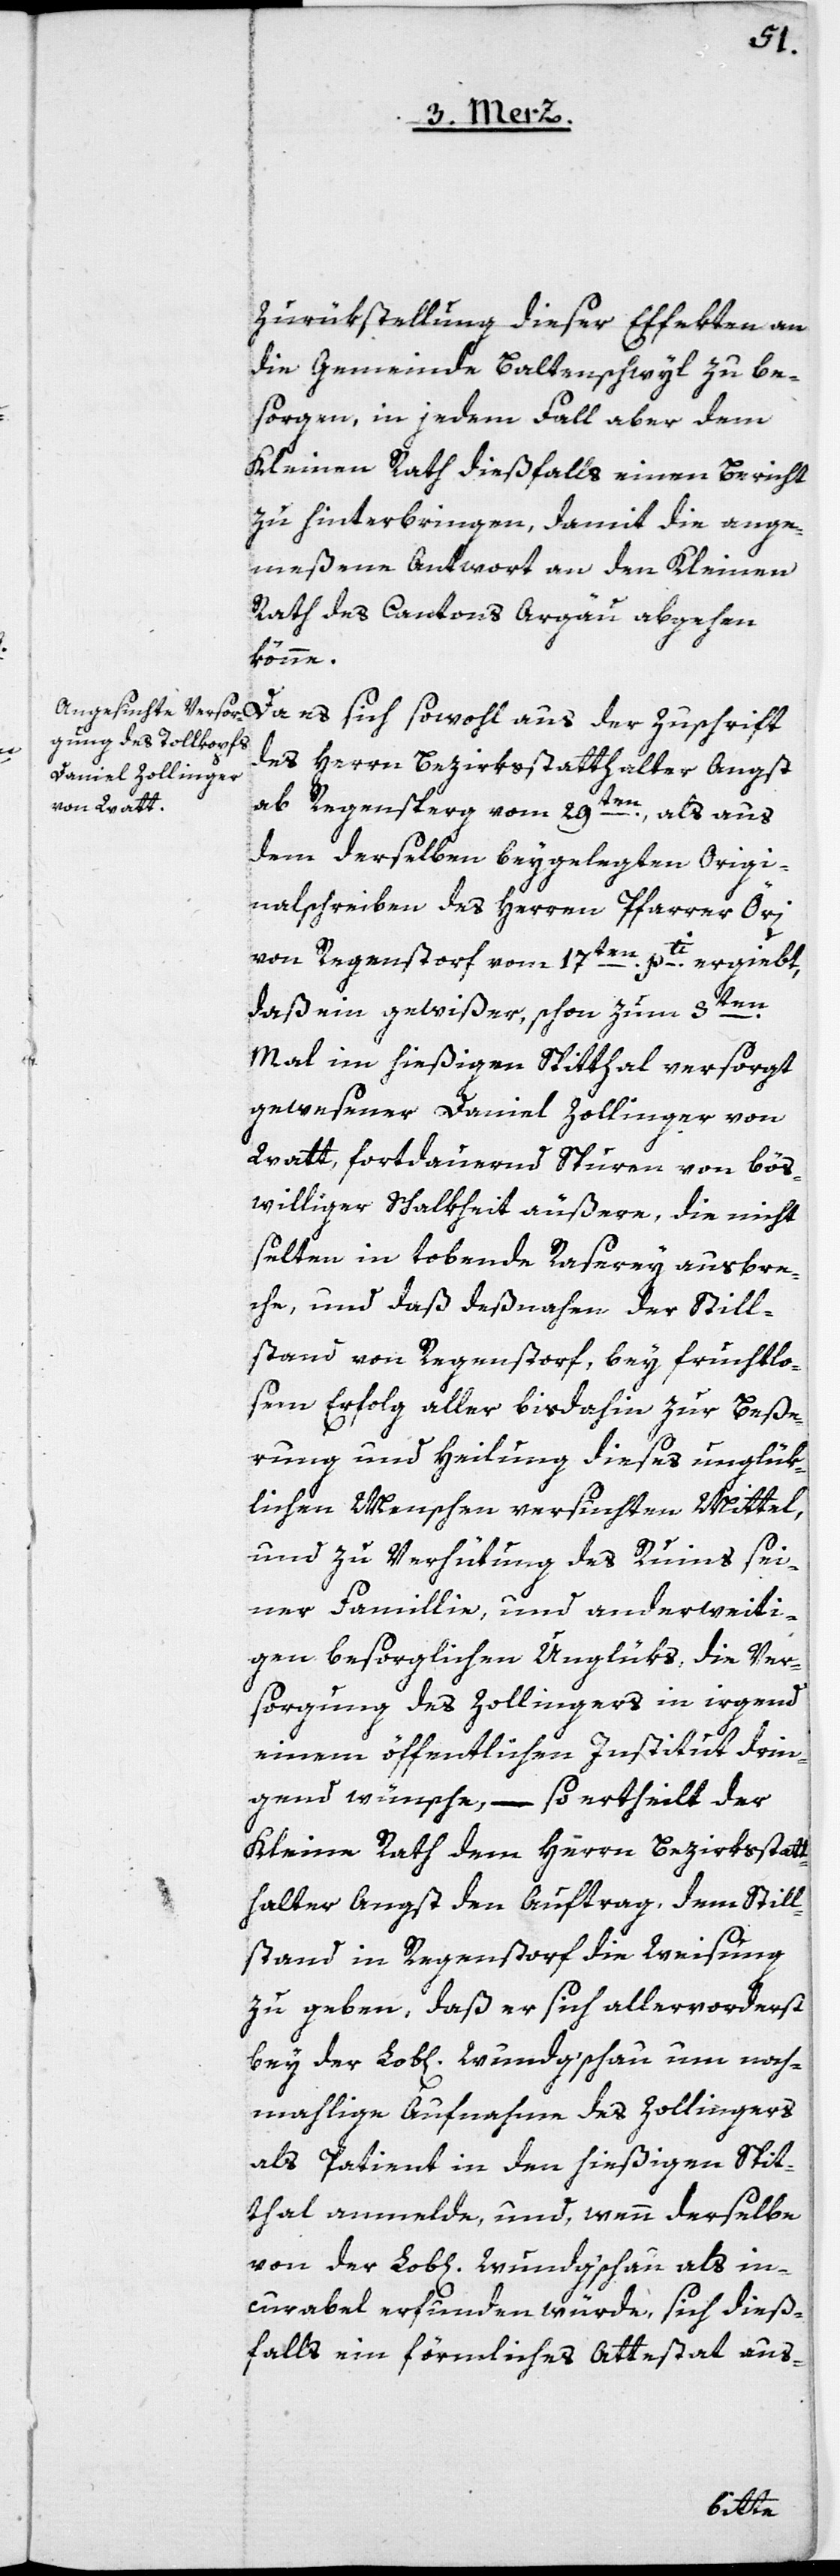
Zurükstellung dieser Effekten an
die Gemeinde Baltenschwyl zu be¬
sorgen, in jedem Fall aber dem
Kleinen Rath dießfalls einen Bericht
zu hinterbringen, damit die ange¬
meßene Antwort an den Kleinen
Rath des Cantons Argäu abgehen
könne.
des Herrn Bezirksstatthalter Angst
ab Regensperg vom 29ten, als aus
dem derselben beygelegten Origi¬
nalschreiben des Herrn Pfarrer Öri
von Regenstorf vom 17ten pti. ergiebt,
daß ein gewißer, schon zum 3ten
Mal im hießigen Spitthal versorgt
gewesener Daniel Zollinger von
Watt, fortdauernd Spuren von bös¬
williger Schalkheit äußere, die nicht
selten in tobende Raserey ausbre¬
che, und daß deßnahen der Still¬
stand von Regenstorf, bey fruchtlo¬
sem Erfolg aller bis dahin zur Beße¬
rung und Heilung dieses unglük¬
lichen Menschen versuchten Mittel,
und zu Verhütung des Ruins sei¬
ner Famillie, und anderweiti¬
gen besorglichen Unglüks, die Ver¬
sorgung des Zollingers in irgend
einem öffentlichen Institut drin¬
gend wünsche, – so ertheilt der
Kleine Rath dem Herrn Bezirksstatt¬
halter Angst den Auftrag, dem Still¬
stand in Regenstorf die Weisung
zu geben, daß er sich allervorderst
bey der Lob[lichen]. Wundg’schau um noch¬
mahlige Aufnahme des Zollingers
als Patient in den hießigen Spit¬
thal anmelde, und wenn derselbe
von der Lob[lichen]. Wundg’schau als in¬
curabel erfunden würde, sich dieß¬
falls ein förmliches Attestat aus-